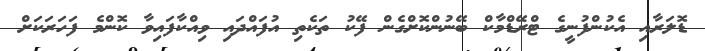
ޑޮލަރާއި އެކުންފުނީގެ ޓްރޭޑްމާކް ބޭނުންކޮށްގެން ފޭކު ތަކެތި އުފައްދައި ވިއްކާފައިވާ ކޮންމެ ފަހަރަކަށް